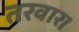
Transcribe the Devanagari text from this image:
तरवार।